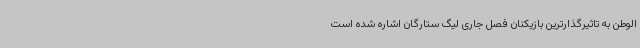
الوطن به تاثیرگذارترین بازیکنان فصل جاری لیگ ستارگان اشاره شده است